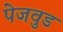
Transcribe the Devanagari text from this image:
पेजवुड